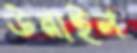
উনাইল